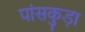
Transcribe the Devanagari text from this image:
पांसकुड़ा